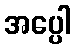
အပ္ပေါ